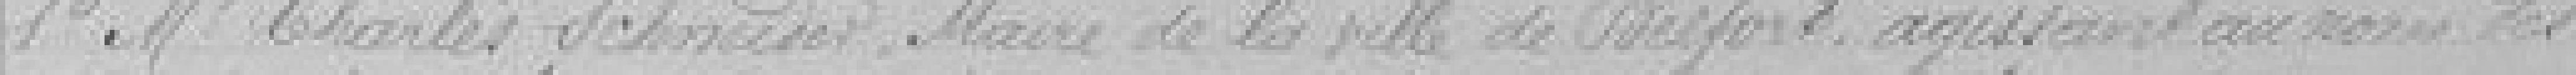
1° Monsieur Charles Schneider Maire de la ville de Belfort agissant au nom des